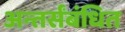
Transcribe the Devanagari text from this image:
अन्तर्संबंधित